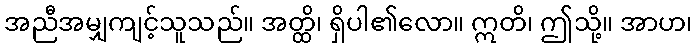
အညီအမျှကျင့်သူသည်။ အတ္ထိ၊ ရှိပါ၏လော။ ဣတိ၊ ဤသို့။ အာဟ၊